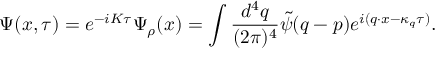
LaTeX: \Psi ( x , \tau ) = e ^ { - i K \tau } \Psi _ { \rho } ( x ) = \int \frac { d ^ { 4 } q } { ( 2 \pi ) ^ { 4 } } \tilde { \psi } ( q - p ) e ^ { i ( q \cdot x - \kappa _ { q } \tau ) } .